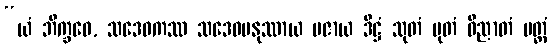
“ယံ ဘိက္ခဝေ, သဒေဝကဿ သဒေဝမနုဿာယ ပဇာယ ဒိဋ္ဌံ သုတံ မုတံ ဝိညာတံ ပတ္တံ